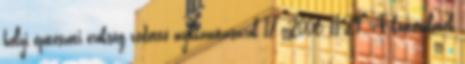
helyi építészeti örökség védetté nyilvánításáról 18 2006 11.29. A közterületek